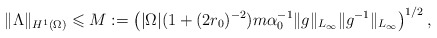
\begin{align*}\|\Lambda\|_{H^1(\Omega)} \leqslant M:=\left( |\Omega| (1+ (2r_0)^{-2})m \alpha_0^{-1} \|g\|_{L_\infty}\|g^{-1}\|_{L_\infty}\right)^{1/2},\end{align*}